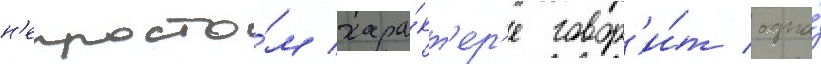
н'епросто́м хара́кт'ер'е говор'и́т одна́